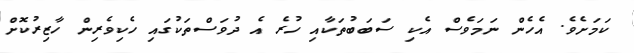
ކަމަށެވެ. އެހެން ނަމަވެސް އެކި ސަބަބުތަކާއި ހުރެ އެ ދުވަސްތަކުގައި ހެކިވެރިން ހާޒިރުކޮށް